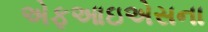
એફઆઇએસના